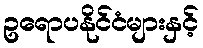
ဥရောပနိုင်ငံများနှင့်